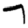
Digit: 7